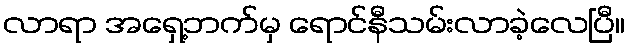
လာရာ အရှေ့ဘက်မှ ရောင်နီသမ်းလာခဲ့လေပြီ။